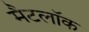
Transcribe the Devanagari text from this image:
मैटलॉक